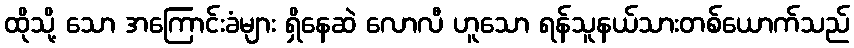
ထိုသို့ သော အကြောင်းခံများ ရှိနေဆဲ လောလီ ဟူသော ရန်သူနယ်သားတစ်ယောက်သည်